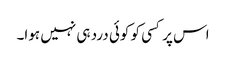
اس پر کسی کو کوئی درد ہی نہیں ہوا۔